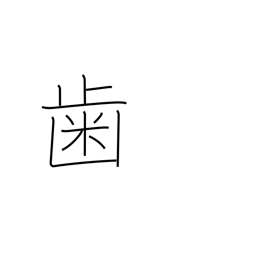
Meaning: tooth